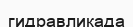
гидравликада